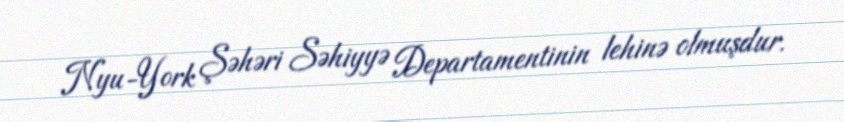
Nyu-York Şəhəri Səhiyyə Departamentinin lehinə olmuşdur.